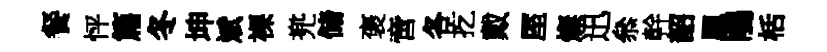
餐怦篇冬坤斌裸兠储褒啻各扢戴厔燦迅叅幹韶鳳鵑栝